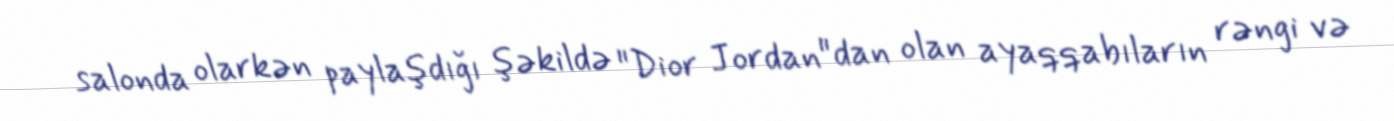
salonda olarkən paylaşdığı şəkildə "Dior Jordan"dan olan ayaqqabıların rəngi və